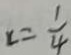
x = \frac { 1 } { 4 }